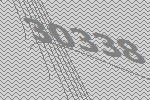
30338